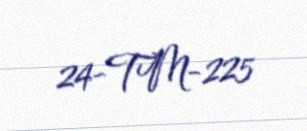
24-TM-225